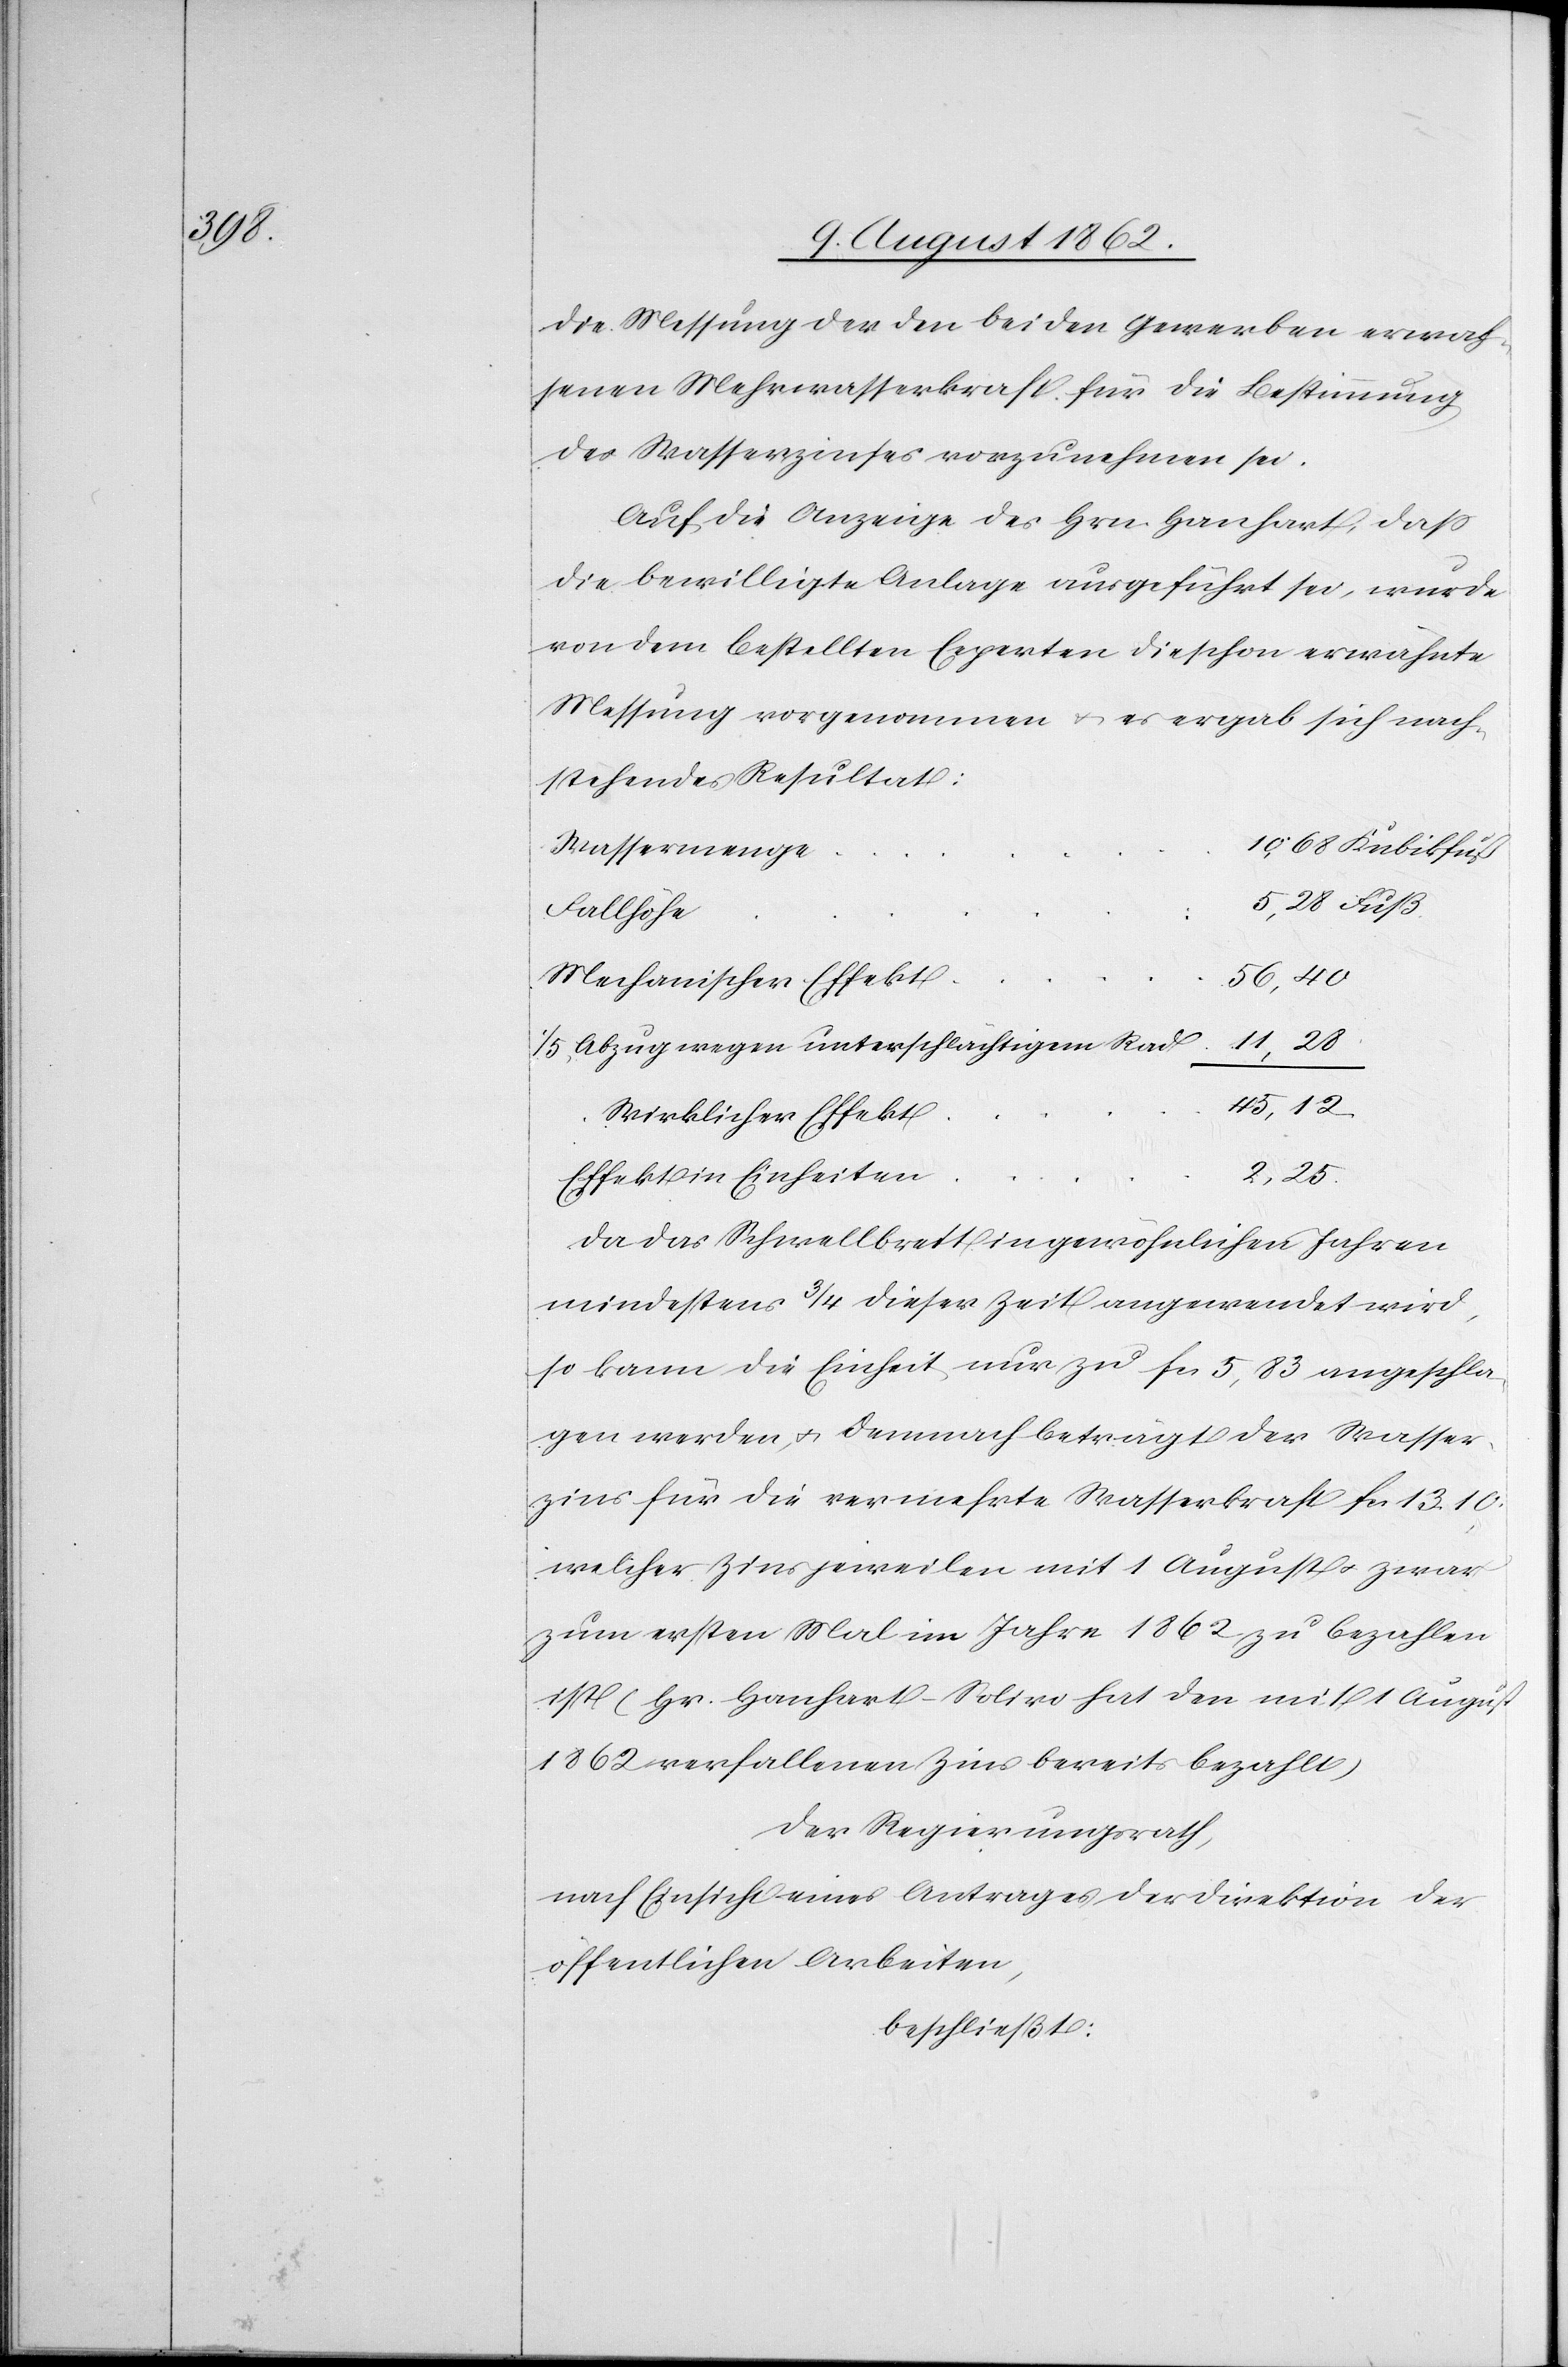
die Messung der den beiden Gewerben erwach¬
senen Mehrwasserkraft für die Bestimmung
des Wasserzinses vorzunehmen sei.
Auf die Anzeige des Hrn. Hanhart, daß
die bewilligte Anlage ausgeführt sei, wurde
von dem bestellten Experten die schon erwähnte
Messung vorgenommen u. es ergab sich nach¬
stehendes Resultat:
Wassermenge
Fallhöhe
56,40
Mechanischer Effekt
1/5 Abzug wegen unterschlächtigem Rad
45,12
Wirklicher Effekt
2,25
Effekt in Einheiten
Da das Schwellbrett in gewöhnlichen Jahren
mindestens 3/4 dieser Zeit angewendet wird,
so kann die Einheit nur zu fcs. 5,83 angeschla¬
gen werden u. demnach beträgt der Wasser¬
zins für die vermehrte Wasserkraft fcs. 13,10,
welcher Zins jeweilen mit 1. August u. zwar
zum ersten Mal im Jahre 1862 zu bezahlen
ist (Hr. Hanhart-Solivo hat den mit 1. August
1862 verfallenen Zins bereits bezahlt)
Der Regierungsrath,
nach Einsicht eines Antrages der Direktion der
öffentlichen Arbeiten,
beschließt: